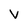
Character: v